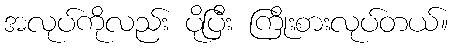
အလုပ်ကိုလည်း ပိုပြီး ကြိုးစားလုပ်တယ်။